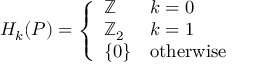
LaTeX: H _ { k } ( P ) = { \left\{ \begin{array} { l l } { \mathbb { Z } } & { k = 0 } \\ { \mathbb { Z } _ { 2 } } & { k = 1 } \\ { \{ 0 \} } & { { \mathrm { o t h e r w i s e } } } \end{array} \right. }